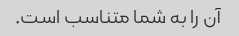
آن را به شما متناسب است.